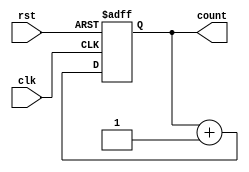
//4 bit counter using Asynchronous Reset

module counter_asyn_rst(clk, count, rst);
input clk, rst;
output reg [3:0] count;

always @ (posedge clk, posedge rst)

    if(rst) count <= 0;
    else count = count + 1;
    
endmodule